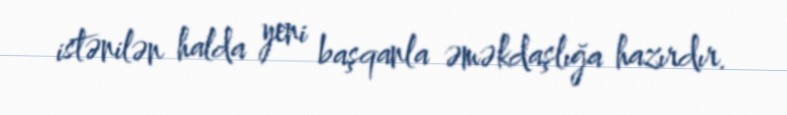
istənilən halda yeni başqanla əməkdaşlığa hazırdır.